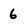
Character: 6